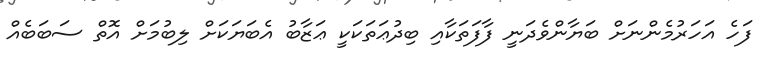
ފަހެ އަހަރުމެންނަށް ބަޔާންވެދަނީ ފާފަތަކާއި ބިދުޢަތަކަކީ ޢަޒާބު އެބަޔަކަށް ލިބުމަށް އޮތް ސަބަބެއް